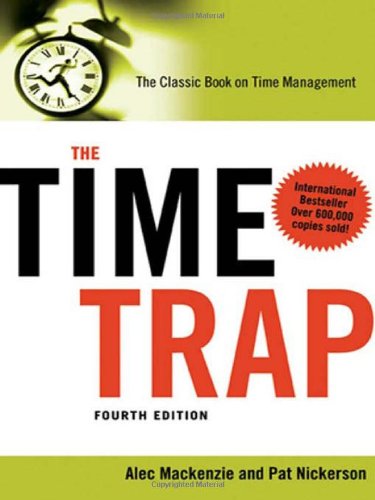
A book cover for The Time Trap: The Classic Book on Time Management; Alec Mackenzie; Self-Help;